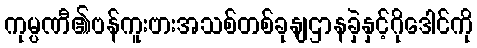
ကုမ္ပဏီ၏ဗန်ကူးဗားအသစ်တစ်ခုနျဌာနခှဲနှင့်ဂိုဒေါင်ကို